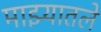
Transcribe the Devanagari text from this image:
माझ्यातले